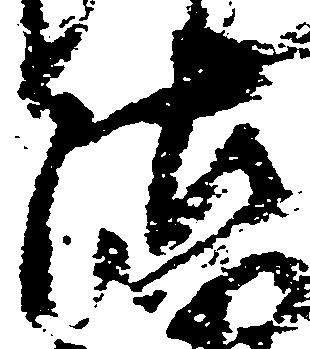
沽